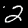
Digit: 2